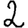
Digit: 2